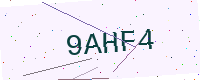
Text: 9AHF4